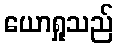
ယောရှုသည်